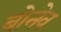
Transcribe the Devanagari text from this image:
बोनेव